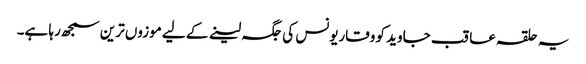
یہ حلقہ عاقب جاوید کو وقاریونس کی جگہ لینے کے لیے موزوں ترین سمجھ رہا ہے۔